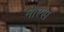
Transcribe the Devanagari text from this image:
मौरस